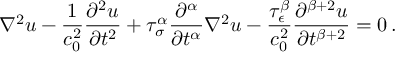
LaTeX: \nabla ^ { 2 } u - { \frac { 1 } { c _ { 0 } ^ { 2 } } } { \frac { \partial ^ { 2 } u } { \partial t ^ { 2 } } } + \tau _ { \sigma } ^ { \alpha } { \frac { \partial ^ { \alpha } } { \partial t ^ { \alpha } } } \nabla ^ { 2 } u - { \frac { \tau _ { \epsilon } ^ { \beta } } { c _ { 0 } ^ { 2 } } } { \frac { \partial ^ { \beta + 2 } u } { \partial t ^ { \beta + 2 } } } = 0 \, .